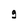
Character: g